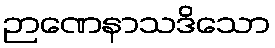
ဉာဏေနာသဒိသော